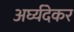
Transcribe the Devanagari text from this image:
अर्घ्यदेकर